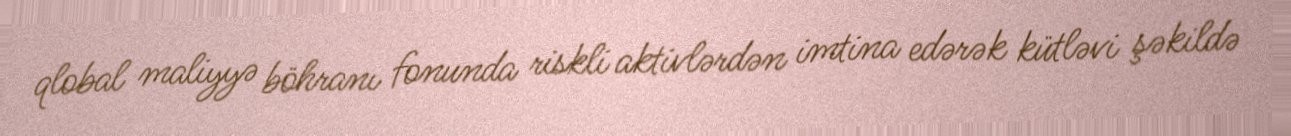
qlobal maliyyə böhranı fonunda riskli aktivlərdən imtina edərək kütləvi şəkildə